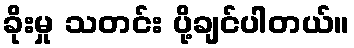
ခိုးမှု သတင်း ပို့ချင်ပါတယ်။